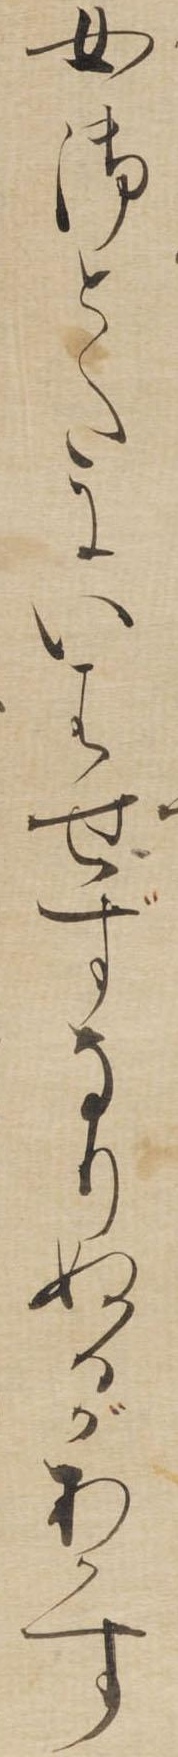
女御とたにいはせずなりぬるがあかす